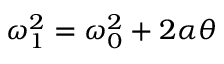
\omega _ { 1 } ^ { 2 } = \omega _ { 0 } ^ { 2 } + 2 \alpha \theta